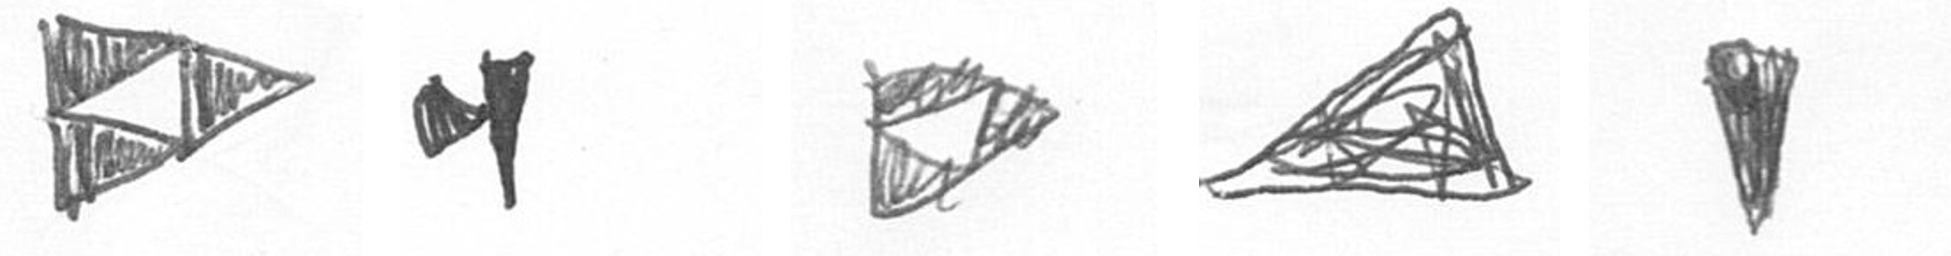
K M K O J